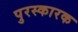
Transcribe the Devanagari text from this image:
पुरस्कारक